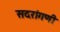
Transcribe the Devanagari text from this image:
सदरांगणी